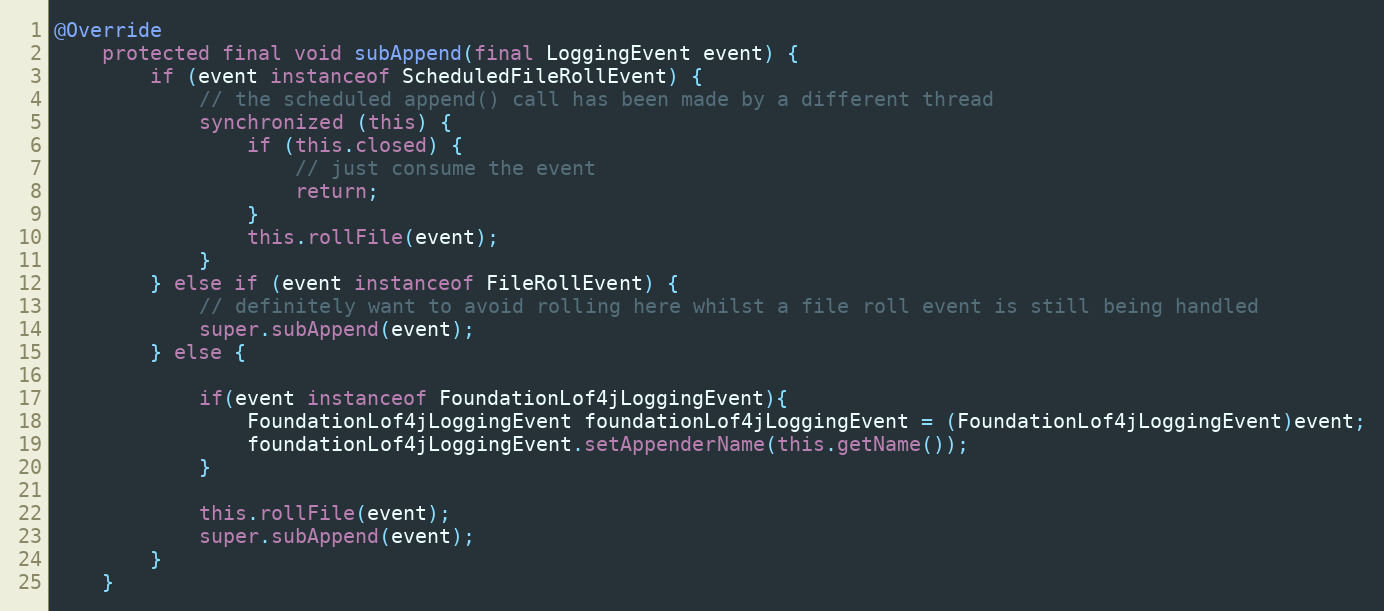
Language: Java
@Override
	protected final void subAppend(final LoggingEvent event) {
		if (event instanceof ScheduledFileRollEvent) {
			// the scheduled append() call has been made by a different thread
			synchronized (this) {
				if (this.closed) {
					// just consume the event
					return;
				}
				this.rollFile(event);
			}
		} else if (event instanceof FileRollEvent) {
			// definitely want to avoid rolling here whilst a file roll event is still being handled
			super.subAppend(event);
		} else {

			if(event instanceof FoundationLof4jLoggingEvent){
				FoundationLof4jLoggingEvent foundationLof4jLoggingEvent = (FoundationLof4jLoggingEvent)event;
				foundationLof4jLoggingEvent.setAppenderName(this.getName());
			}

			this.rollFile(event);
			super.subAppend(event);
		}
	}